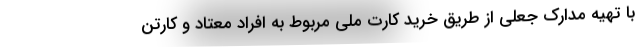
با تهیه مدارک جعلی از طریق خرید کارت ملی مربوط به افراد معتاد و کارتن